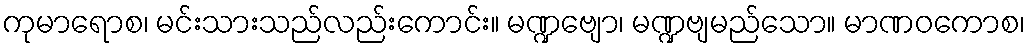
ကုမာရောစ၊ မင်းသားသည်လည်းကောင်း။ မဏ္ဍဗျော၊ မဏ္ဍဗျမည်သော။ မာဏဝကောစ၊